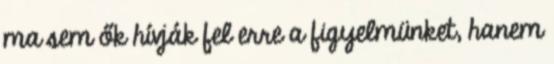
ma sem ők hívják fel erre a figyelmünket, hanem